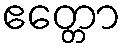
ဧတ္တော